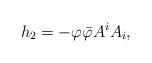
\begin{align*}h_{2}=-\varphi \bar{\varphi}A^{i}A_{i}, \end{align*}